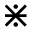
\divideontimes